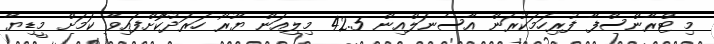
މި ޓްރާންސްފާ ފުރިހަމަކުރަން އާސެނަލްއިން 42.5 މިލިއަން ޔޫރޯ ހަރަދުކޮށްފައިވާ ކަމަށް މީޑިޔާ